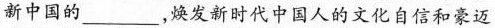
新中国的___，焕发新时代中国人的文化自信和豪迈